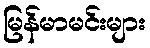
မြန်မာမင်းများ